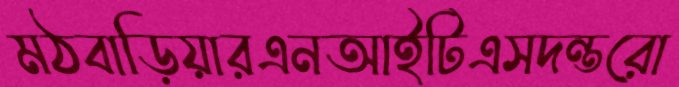
মঠবাড়িয়ারএনআইটিএসদন্তরো